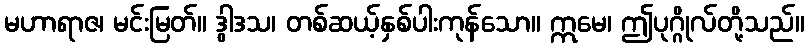
မဟာရာဇ၊ မင်းမြတ်။ ဒွါဒသ၊ တစ်ဆယ့်နှစ်ပါးကုန်သော။ ဣမေ၊ ဤပုဂ္ဂိုလ်တို့သည်။